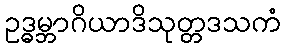
ဥဒ္ဓမ္ဘာဂိယာဒိသုတ္တဒသကံ